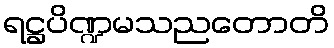
ရဋ္ဌပိဏ္ဍမသညတောတိ